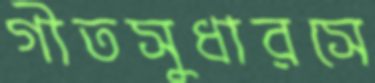
গীতসুধারসে